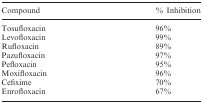
<table><thead><tr><td><b>Compound</b></td><td><b>% Inhibition</b></td></tr></thead><tbody><tr><td>Tosufloxacin</td><td>96%</td></tr><tr><td>Levofloxacin</td><td>99%</td></tr><tr><td>Rufloxacin</td><td>89%</td></tr><tr><td>Pazufloxacin</td><td>97%</td></tr><tr><td>Pefloxacin</td><td>95%</td></tr><tr><td>Moxifloxacin</td><td>96%</td></tr><tr><td>Cefixime</td><td>70%</td></tr><tr><td>Enrofloxacin</td><td>67%</td></tr></tbody></table>